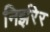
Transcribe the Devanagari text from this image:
निर्झरेर